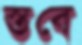
স্তবে